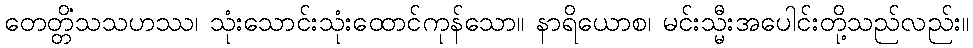
တေတ္တိံသသဟဿ၊ သုံးသောင်းသုံးထောင်ကုန်သော။ နာရိယောစ၊ မင်းသ္မီးအပေါင်းတို့သည်လည်း။